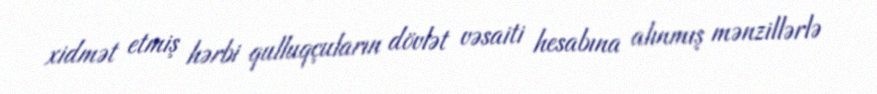
xidmət etmiş hərbi qulluqçuların dövlət vəsaiti hesabına alınmış mənzillərlə